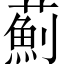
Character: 薊